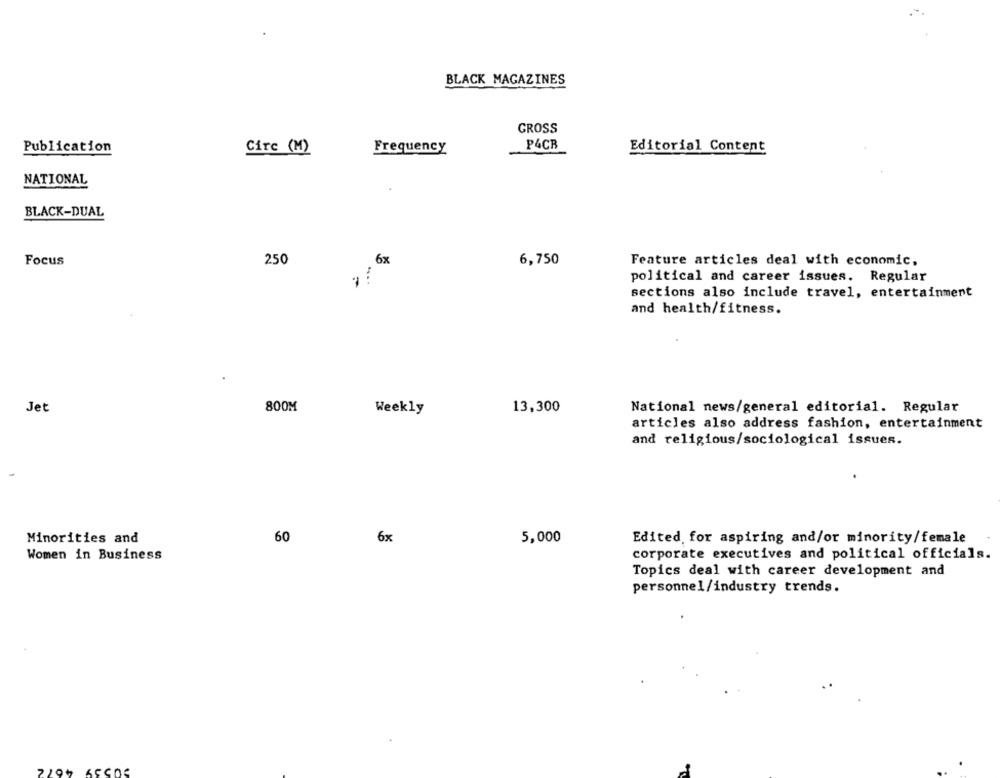
BLACK MAGAZINES
GROSS
Frequency
P4CR
Editorial Content
Publication
Cire (1)
NATIONAL
BLACK-DUAL
Focus
250
6x
6,750
Feature articles deal with economic,
political and career issues. Regular
sections also include travel, entertainment
and health/fitness.
Jet
800M
Weekly
13,300
National news/general editorial. Regular
articles also address fashion, entertainment
and religious/sociological issues.
60
Minorities and
6x
5,000
Edited for aspiring and/or minority/female
Women in Business
corporate executives and political officials.
Topics deal with career development and
personnel/industry trends.